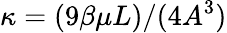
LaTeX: \kappa=(9\beta\mu L)/(4A^{3})